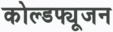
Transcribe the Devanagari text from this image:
कोल्डफ्यूजन